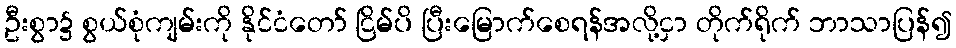
ဦးစွာ၌ စွယ်စုံကျမ်းကို နိုင်ငံတော် ငြိမ်ပိ ပြီးမြောက်စေရန်အလို့ငှာ တိုက်ရိုက် ဘာသာပြန်၍